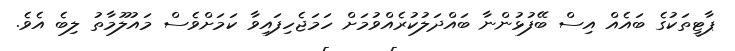
ޕާޓީތަކުގެ ބައެއް އިސް ބޭފުޅުންނާ ބައްދަލުކުރެއްވުމަށް ހަމަޖެހިފައިވާ ކަމަށްވެސް މައުލޫމާތު ލިބެ އެވެ.